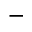
-